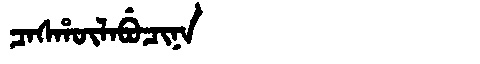
Manchu: ᠴᠠᠰᡥᡡᠯᠠᠪᡠᠴᡳᠨᠠ
Romanization: CASHŪLABUCINA